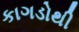
કાગડોથી